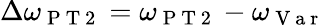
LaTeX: \Delta\omega_{\mathrm{~P~T~2~}}=\omega_{\mathrm{~P~T~2~}}-\omega_{\mathrm{~V~a~r~}}